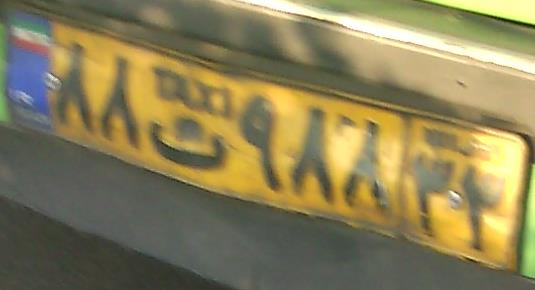
۸۸ت۹۸۸۳۳